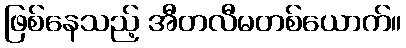
ဖြစ်နေသည့် အီတလီမတစ်ယောက်။